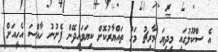
އެ ސްކޫލުގައި މިދިޔަ މާރިޗު މަހު ތައްޔާރުކޮށް ކިޔަވައިދޭން ފެށުނު ހާއްސަ އެހީއަށް